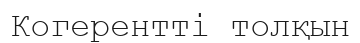
Когерентті толқын